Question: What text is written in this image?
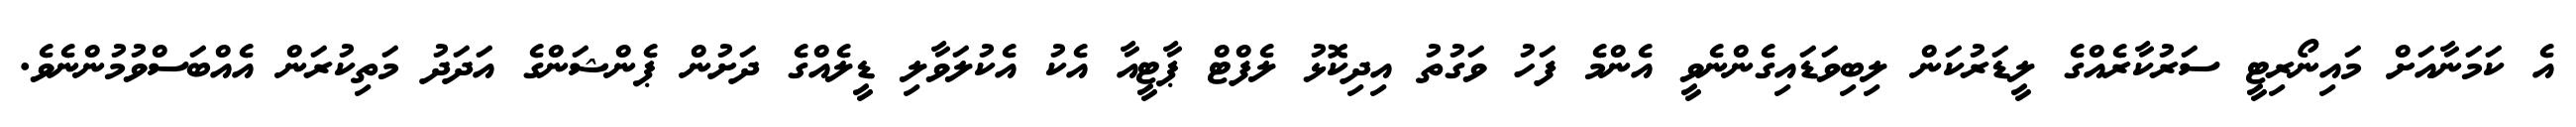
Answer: އެ ކަމަނާއަށް މައިނޯރިޓީ ސަރުކާރެއްގެ ލީޑަރުކަން ލިބިވަޑައިގެންނެވީ އެންމެ ފަހު ވަގުތު އިދިކޮޅު ލެފްޓް ޕާޓީއާ އެކު އެކުލަވާލި ޑީލެއްގެ ދަށުން ޕެންޝަންގެ އަދަދު މަތިކުރަން އެއްބަސްވުމުންނެވެ.